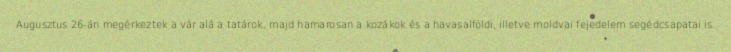
Augusztus 26-án megérkeztek a vár alá a tatárok, majd hamarosan a kozákok és a havasalföldi, illetve moldvai fejedelem segédcsapatai is.